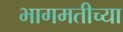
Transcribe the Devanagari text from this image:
भागमतीच्या